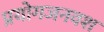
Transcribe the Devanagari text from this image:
प्रयोगजनवश